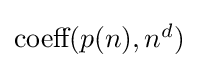
{\textstyle {\text{coeff}}(p(n),n^{d})}